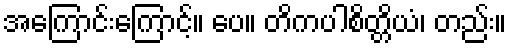
အကြောင်းကြောင့်။ ပေ။ တိကပါစိတ္တိယံ၊ တည်း။